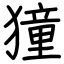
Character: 獞